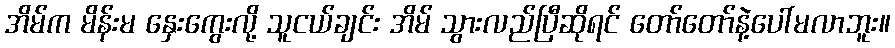
အိမ်က မိန်းမ နှေးကွေးလို့ သူငယ်ချင်း အိမ် သွားလည်ပြီဆိုရင် တော်တော်နဲ့ပေါ်မလာဘူး။